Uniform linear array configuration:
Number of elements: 16
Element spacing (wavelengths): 0.5
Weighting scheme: blackman
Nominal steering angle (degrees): -45
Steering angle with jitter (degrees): -43.398
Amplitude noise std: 0.05
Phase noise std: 0.05

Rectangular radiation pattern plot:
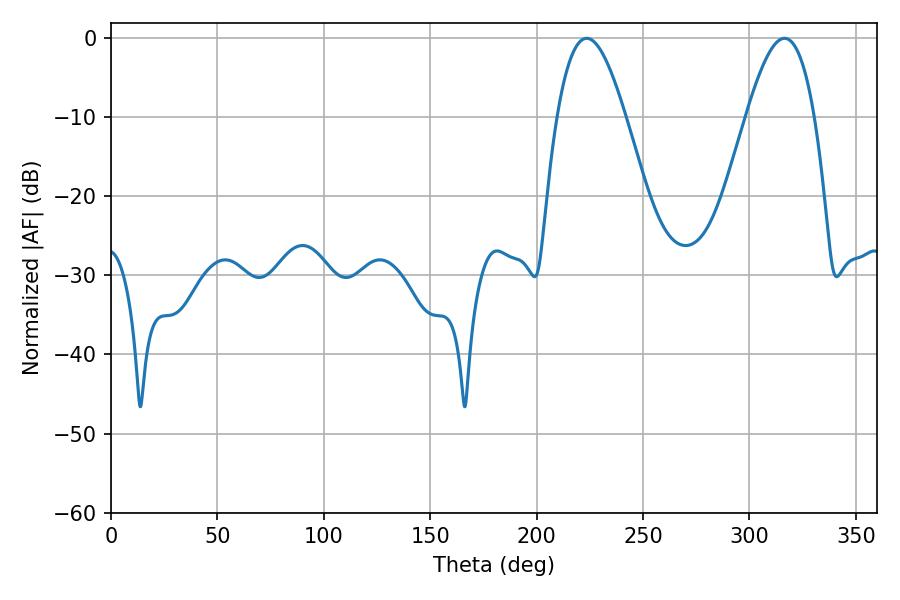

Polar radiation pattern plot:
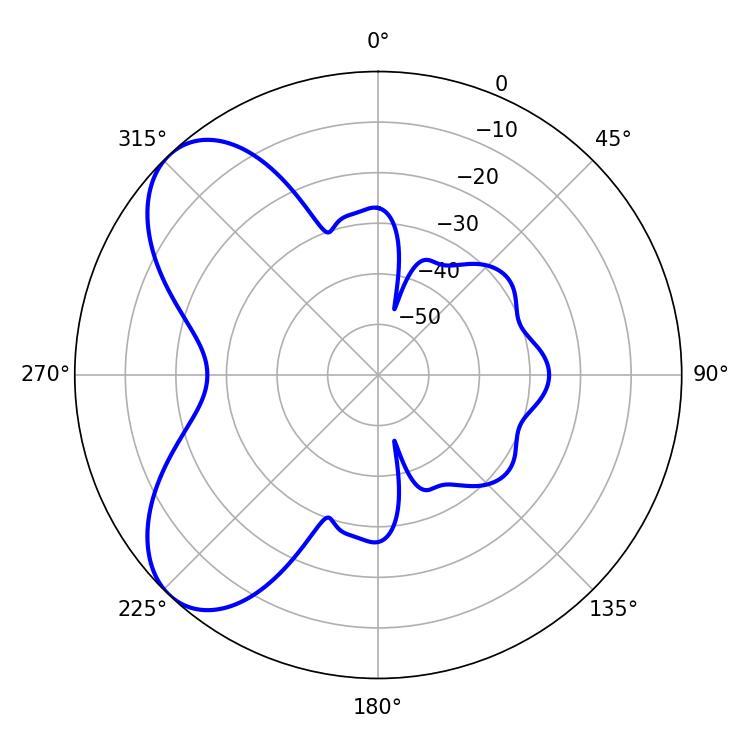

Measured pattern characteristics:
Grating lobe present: FALSE
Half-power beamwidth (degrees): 17.46
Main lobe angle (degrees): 223.56